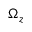
\Omega _ { z }